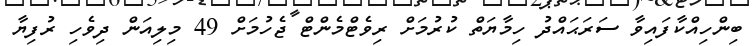
ބިންހިއްކާފައިވާ ސަރަޙައްދު ހިމާޔަތް ކުރުމަށް ރިވެޓްމެންޓް ޖެހުމަށް 49 މިލިއަން ދިވެހި ރުފިޔާ